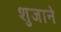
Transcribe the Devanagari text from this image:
शुजाने